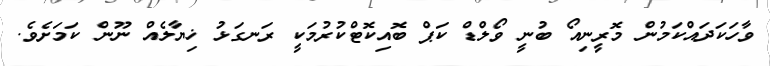
ވާހަކަދައްކަމުން މޮރީނިއޯ ބުނީ ވޯލްޑް ކަޕް ބޮއިކޮޓްކުރުމަކީ ރަނގަޅު ޚިޔާލެއް ނޫން ކަމަށެވެ.